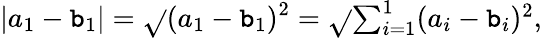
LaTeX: |a_{1}-\mathtt{b}_{1}|={\sqrt{}{{(a_{1}-\mathtt{b}_{1})^{2}}}}={\sqrt{}{{\textstyle\sum_{i=1}^{1}(a_{i}-\mathtt{b}_{i})^{2}}}},